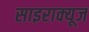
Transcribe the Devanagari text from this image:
साइराक्यूज